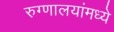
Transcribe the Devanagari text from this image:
रुग्णालयांमध्ये